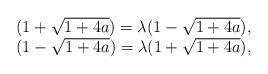
LaTeX: \begin{align*}\begin{array}{l}(1 + \sqrt{1+4a} ) = \lambda (1 - \sqrt{1+4a} ), ~\\(1 - \sqrt{1+4a} ) = \lambda (1 + \sqrt{1+4a} ),\end{array} \end{align*}